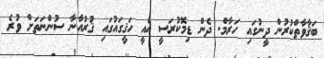
ބަޤާވާތްކުރުން ދީނުގައި ހަރާމް. ދެން ޑިމޮކުރަސީ އެއީ ހަޤީގައުގައި ޤުރުއާނާ ސުންނަތަށް ވުރެ